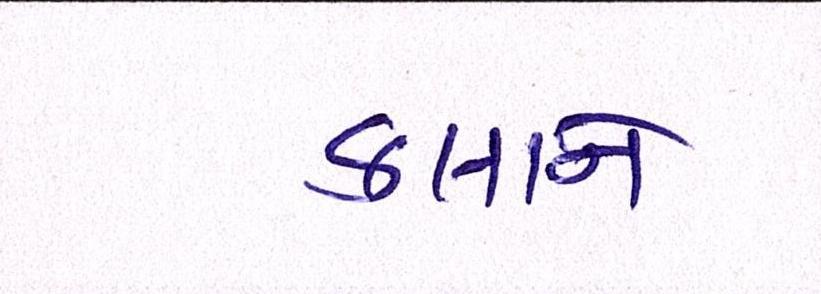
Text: કલાને